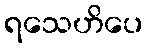
ရသေဟိပေ